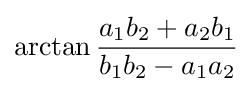
\arctan {\frac {a_{1}b_{2}+a_{2}b_{1}}{b_{1}b_{2}-a_{1}a_{2}}}